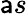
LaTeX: \mathsf{a}s